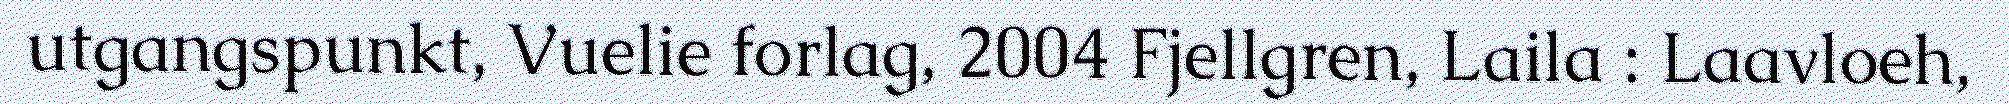
utgangspunkt, Vuelie forlag, 2004 Fjellgren, Laila : Laavloeh,